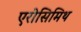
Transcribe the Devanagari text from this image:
एरोसिमिथ